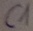
Text: C1